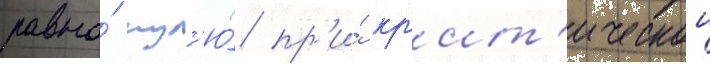
равна́ нул'ю́ пр'и́ кр'ит'ическои